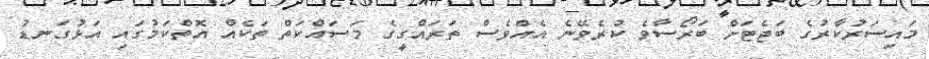
މައިސަރުކާރުގެ ބަޖެޓަށް ބަރޯސާވެ ކުރެވޭނެ އެއްވެސް ތަރައްގީގެ މަސައްކަތް ތަކެއް އޮތްކަމުގައި އަޅުގަނޑު